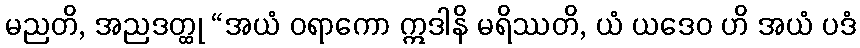
မညတိ, အညဒတ္ထု “အယံ ဝရာကော ဣဒါနိ မရိဿတိ, ယံ ယဒေဝ ဟိ အယံ ပဒံ